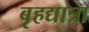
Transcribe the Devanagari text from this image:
बृहद्यात्रा